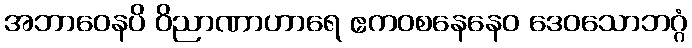
အဘာဝေနပိ ဝိညာဏာဟာရေ ဧကဝစနေနေဝ ဒေဝသောဘဂ္ဂံ